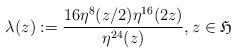
LaTeX: \begin{align*} \lambda(z):=\frac{16\eta^{8}(z/2)\eta^{16}(2z)}{\eta^{24}(z)},z\in\mathfrak H\end{align*}